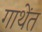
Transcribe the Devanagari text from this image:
गाथेंत